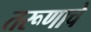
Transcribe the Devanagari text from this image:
तरूणाचे